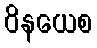
ဝိနယေစ